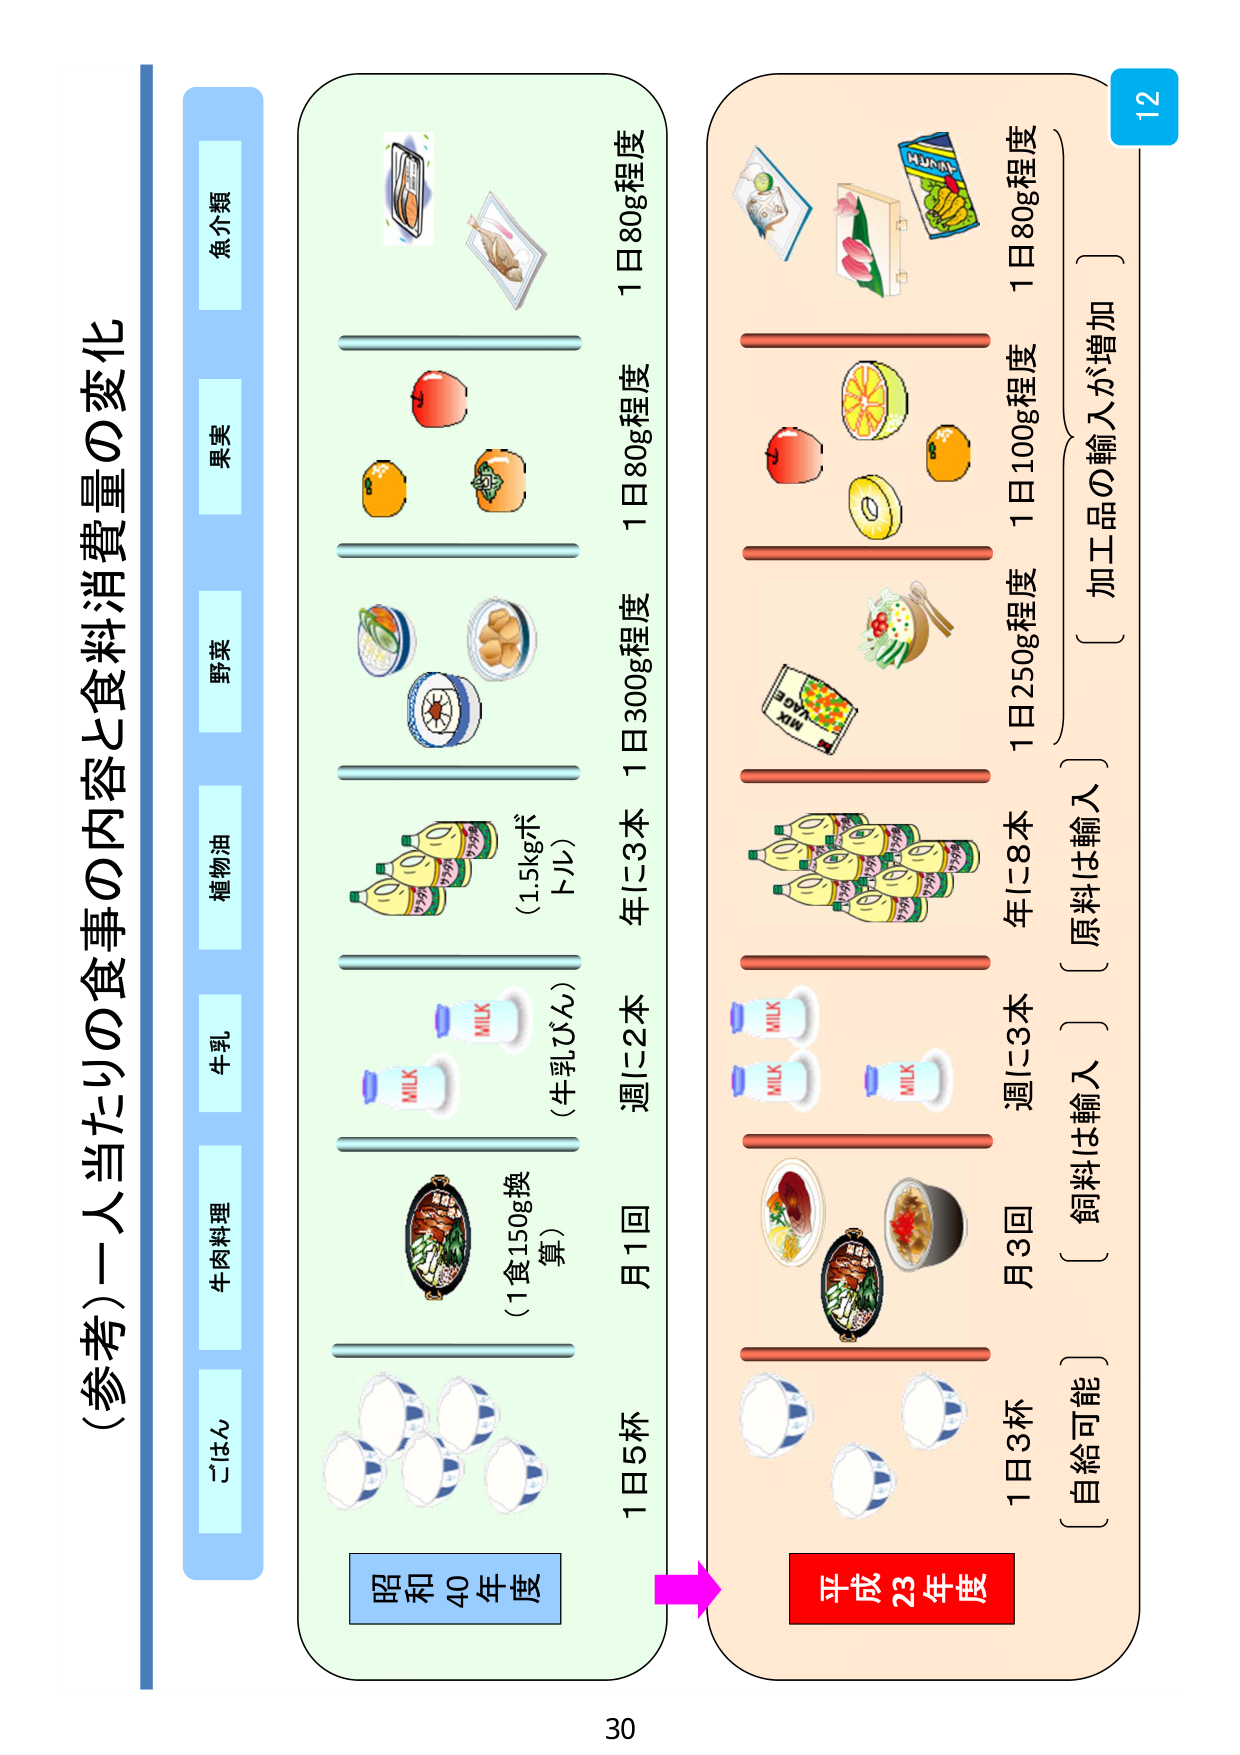
（参考）一人当たりの食事の内容と食料消費量の変化

ごはん
牛肉料理
牛乳
植物油
野菜
果実
魚介類

昭和40年度

1日5杯
月1回
（1食150g換算）
週に2本
（牛乳びん）
年に3本
（1.5kgボトル）
1日300g程度
1日80g程度
1日80g程度

平成23年度

1日3杯
月3回
週に3本
年に8本
1日250g程度
1日100g程度
1日80g程度

〔自給可能〕
〔飼料は輸入〕
〔原料は輸入〕
〔加工品の輸入が増加〕

12
30